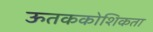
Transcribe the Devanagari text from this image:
ऊतककोशिकता